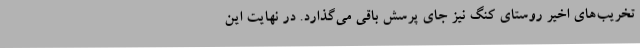
تخریب‌های اخیر روستای کنگ نیز جای پرسش باقی می‌گذارد. در نهایت این